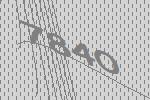
7840